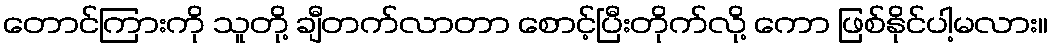
တောင်ကြားကို သူတို့ ချီတက်လာတာ စောင့်ပြီးတိုက်လို့ ကော ဖြစ်နိုင်ပါ့မလား။